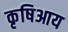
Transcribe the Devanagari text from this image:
कृषिआय